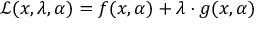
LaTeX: { \mathcal { L } } ( x , \lambda , \alpha ) = f ( x , \alpha ) + \lambda \cdot g ( x , \alpha )